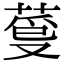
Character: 𦳡